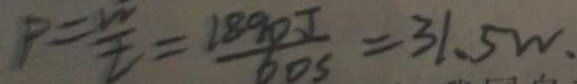
P = \frac { w } { t } = \frac { 1 8 9 0 J } { 6 0 s } = 3 1 . 5 w .